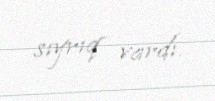
sıyrıq vardı.